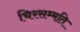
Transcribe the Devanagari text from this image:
चिरसम्मति